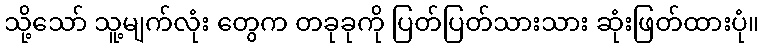
သို့သော် သူ့မျက်လုံး တွေက တခုခုကို ပြတ်ပြတ်သားသား ဆုံးဖြတ်ထားပုံ။